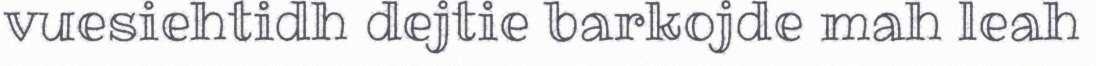
vuesiehtidh dejtie barkojde mah leah